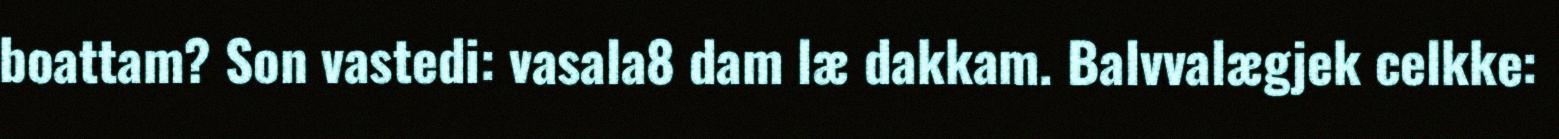
boattam? Son vastedi: vasala8 dam læ dakkam. Balvvalægjek celkke: